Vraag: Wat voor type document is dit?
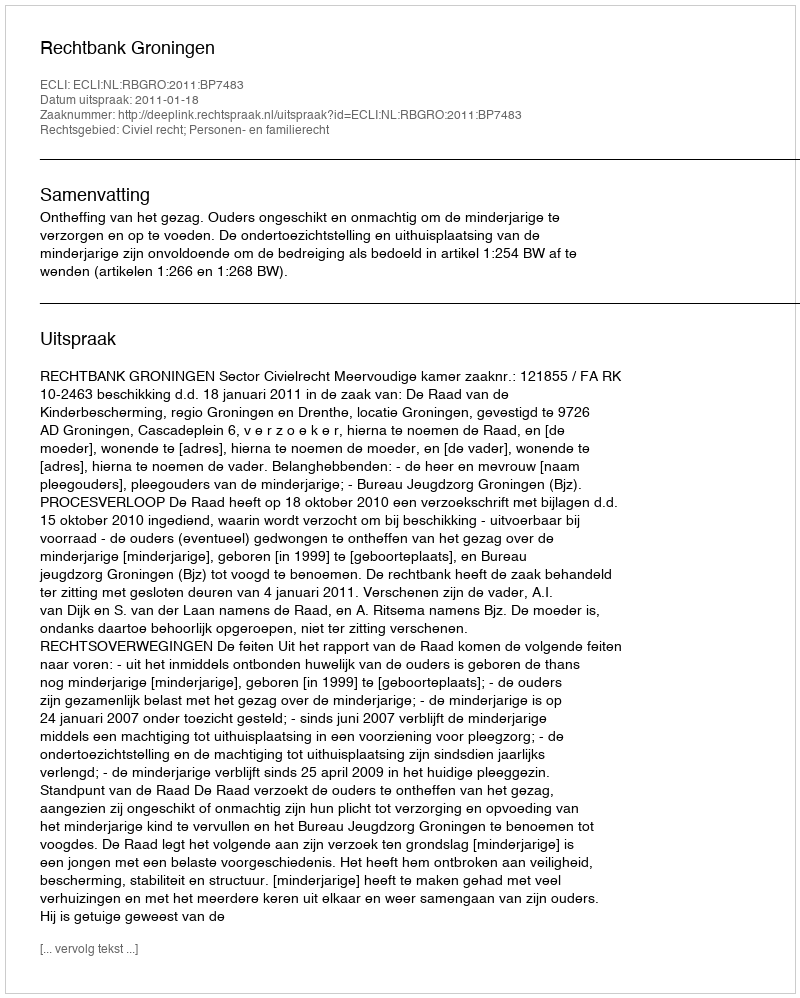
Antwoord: Uitspraak